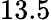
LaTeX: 13.5